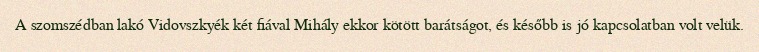
A szomszédban lakó Vidovszkyék két fiával Mihály ekkor kötött barátságot, és később is jó kapcsolatban volt velük.